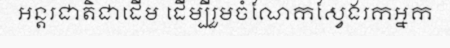
អន្តរជាតិជាដើម ដើម្បីរួមចំណែកស្វែងរកអ្នក